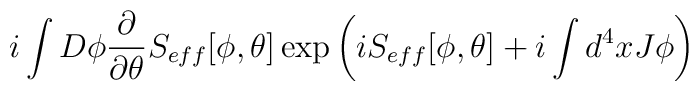
i\int D\phi \frac{\partial }{\partial \theta }S_{eff}[\phi ,\theta ]\exp \left( iS_{eff}[\phi ,\theta ]+i\int d^{4}xJ\phi \right)